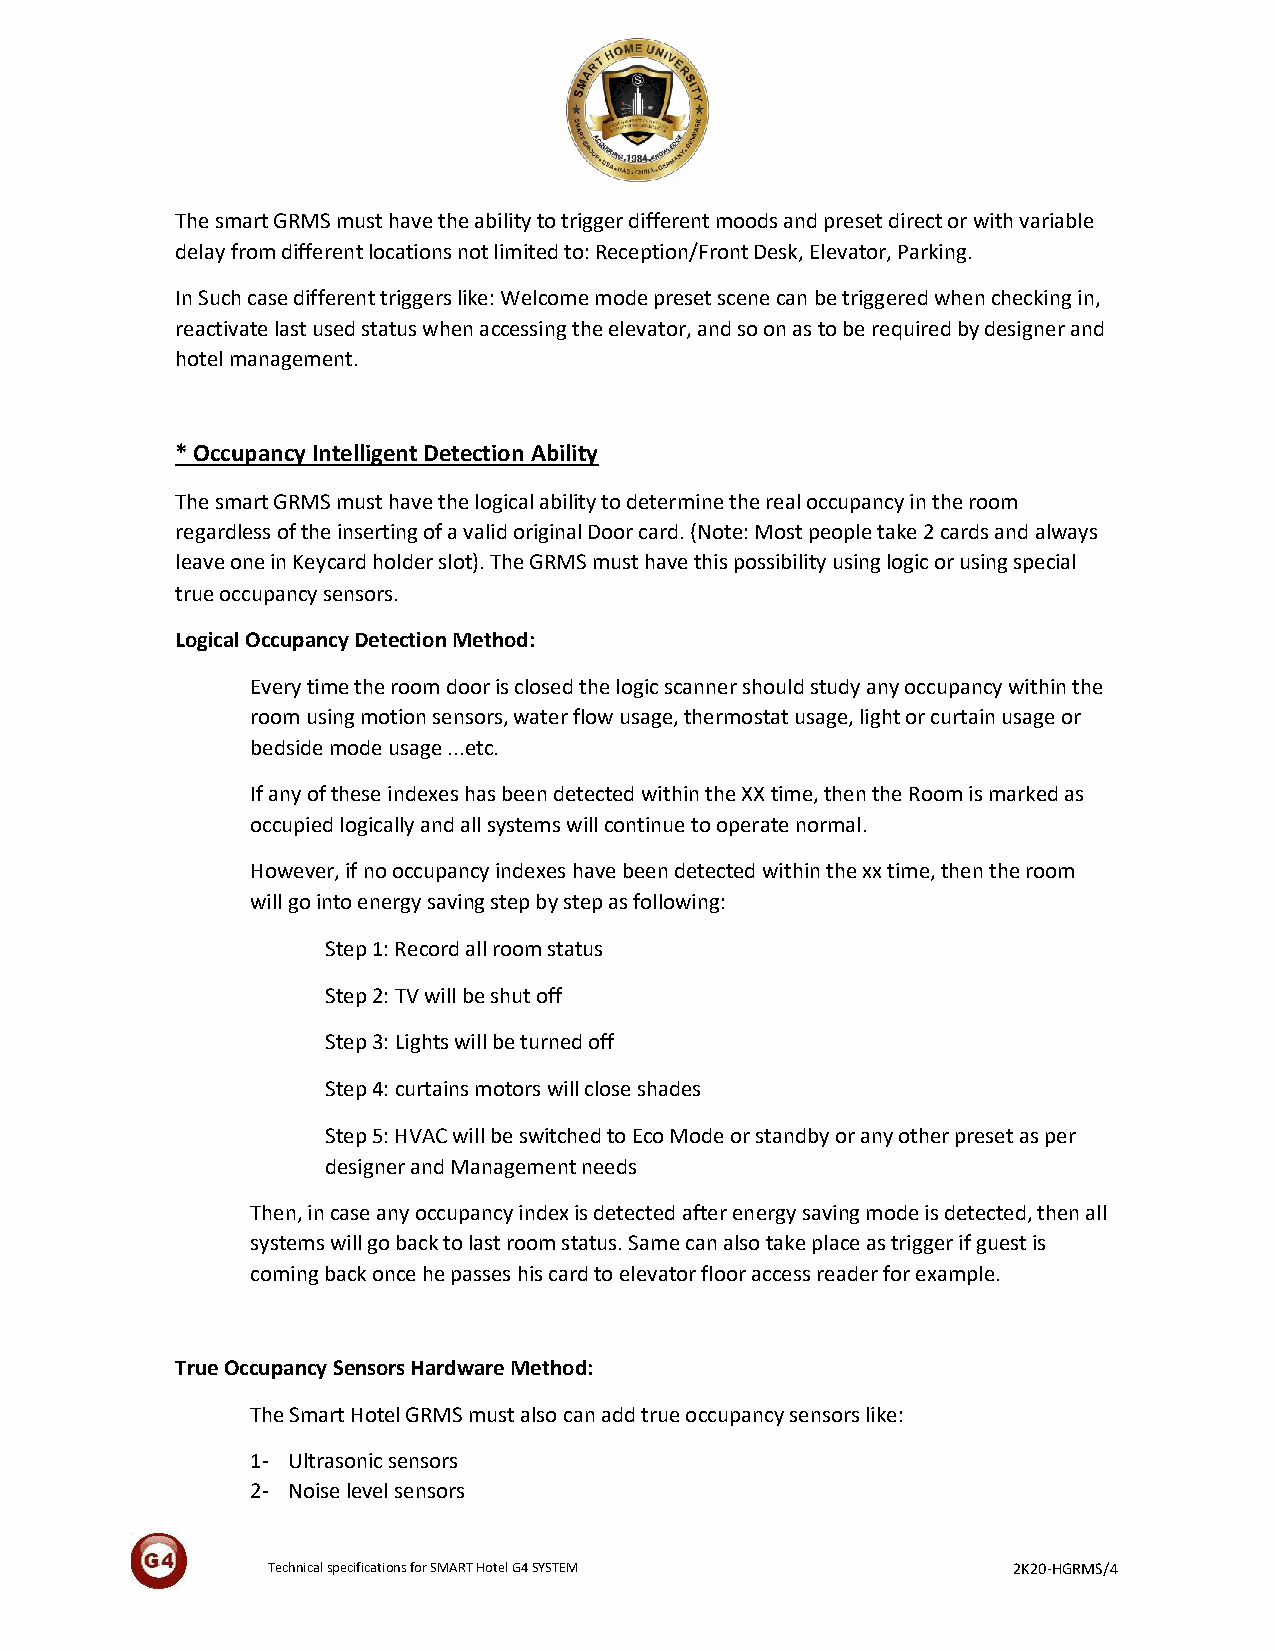
The smart GRMS must have the ability to trigger different moods and preset direct or with variable
 delay from different locations not limited to: Reception/Front Desk, Elevator, Parking.
 In Such case different triggers like: Welcome mode preset scene can be triggered when checking in,
 reactivate last used status when accessing the elevator, and so on as to be required by designer and
 hotel management.
 * Occupancy Intelligent Detection Ability
 The smart GRMS must have the logical ability to determine the real occupancy in the room
 regardless of the inserting of a valid original Door card. (Note: Most people take 2 cards and always
 leave one in Keycard holder slot). The GRMS must have this possibility using logic or using special
 true occupancy sensors.
 Logical Occupancy Detection Method:
 Every time the room door is closed the logic scanner should study any occupancy within the
 room using motion sensors, water flow usage, thermostat usage, light or curtain usage or
 bedside mode usage ...etc.
 If any of these indexes has been detected within the XX time, then the Room is marked as
 occupied logically and all systems will continue to operate normal.
 However, if no occupancy indexes have been detected within the xx time, then the room
 will go into energy saving step by step as following:
 Step 1: Record all room status
 Step 2: TV will be shut off
 Step 3: Lights will be turned off
 Step 4: curtains motors will close shades
 Step 5: HVAC will be switched to Eco Mode or standby or any other preset as per
 designer and Management needs
 Then, in case any occupancy index is detected after energy saving mode is detected, then all
 systems will go back to last room status. Same can also take place as trigger if guest is
 coming back once he passes his card to elevator floor access reader for example.
 True Occupancy Sensors Hardware Method:
 The Smart Hotel GRMS must also can add true occupancy sensors like:
 1- Ultrasonic sensors
 2- Noise level sensors
 Technical specifications for SMART Hotel G4 SYSTEM 2K20-HGRMS/4